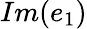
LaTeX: Im(e_{1})